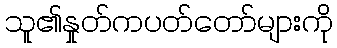
သူ၏နှုတ်ကပတ်တော်များကို